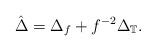
LaTeX: \begin{align*}\hat\Delta = \Delta_f + f^{-2} \Delta_{\mathbb{T}}.\end{align*}